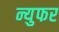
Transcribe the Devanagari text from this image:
न्युफर